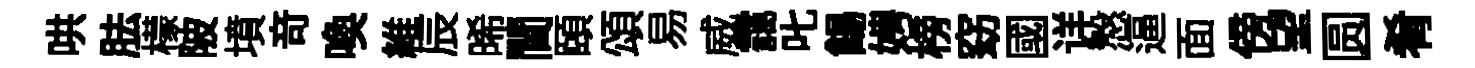
哄胠檬陂墳竒喚維辰晞閫頤頌易威靄叱餳娉榜窈國详慤逼面傍望圆肴